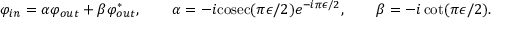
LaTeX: \varphi _ { i n } = \alpha \varphi _ { o u t } + \beta \varphi _ { o u t } ^ { * } , \qquad \alpha = - i \mathrm { c o s e c } ( \pi \epsilon / 2 ) e ^ { - i \pi \epsilon / 2 } , \qquad \beta = - i \cot ( \pi \epsilon / 2 ) .